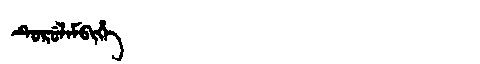
Manchu: ᡨᡠᡵᡠᠯᠠᠮᠪᡳᡥᡝ
Romanization: TURULAMBIHE